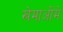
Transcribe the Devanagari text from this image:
खेमाओंमे